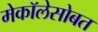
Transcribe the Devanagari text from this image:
मेकॉलेसोबत